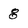
Character: 8